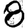
Digit: 8